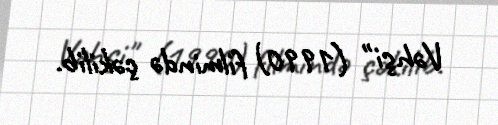
Vəhşi" (1990) filmində çəkilib.